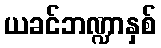
ယခင်ဘဏ္ဍာနှစ်